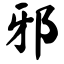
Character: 邪